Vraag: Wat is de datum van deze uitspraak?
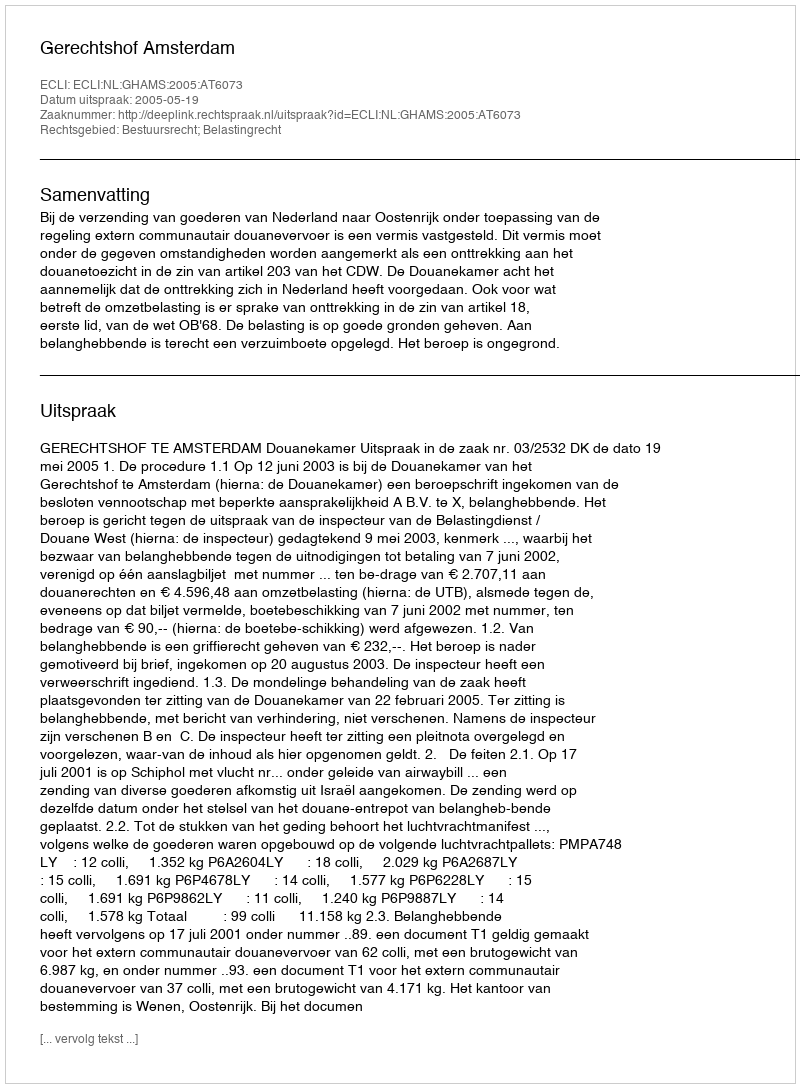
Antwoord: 2005-05-19